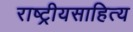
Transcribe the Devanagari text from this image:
राष्ट्रीयसाहित्य